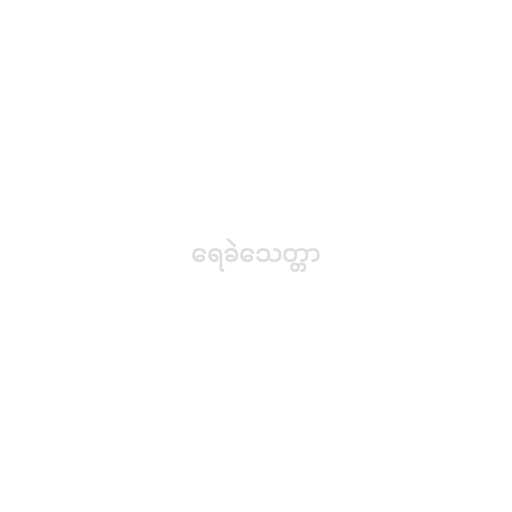
ရေခဲသေတ္တာ